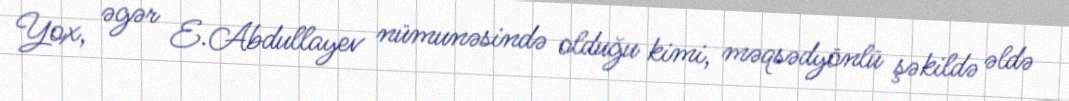
Yox, əgər E.Abdullayev nümunəsində olduğu kimi, məqsədyönlü şəkildə əldə